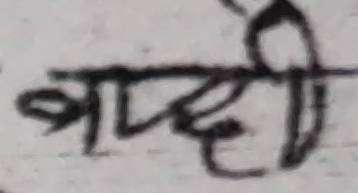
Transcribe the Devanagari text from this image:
शब्ददी